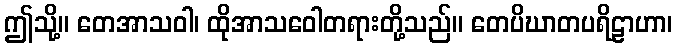
ဤသို့။ တေအာသဝါ၊ ထိုအာသဝေါတရားတို့သည်။ တေပိဃာတပရိဠာဟာ၊